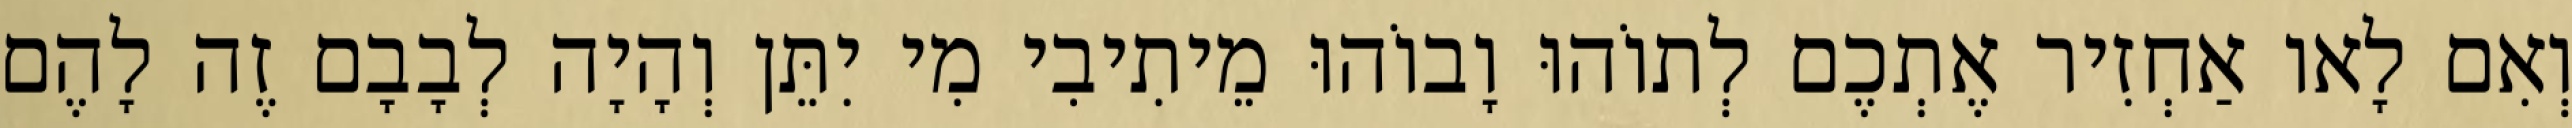
וְאִם לָאו אַחְזִיר אֶתְכֶם לְתוֹהוּ וָבוֹהוּ מֵיתִיבִי מִי יִתֵּן וְהָיָה לְבָבָם זֶה לָהֶם